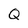
Character: Q